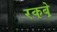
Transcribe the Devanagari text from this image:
रकबे़